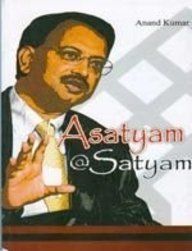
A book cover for Asatyam @ Satyam; Anand Kumar; Biographies & Memoirs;